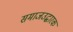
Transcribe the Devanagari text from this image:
समाजउद्धारक